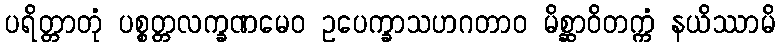
ပရိတ္တာတုံ ပစ္စတ္တလက္ခဏမေဝ ဥပေက္ခာသဟဂတာဝ မိစ္ဆာဝိတက္ကံ နယိဿာမိ